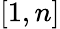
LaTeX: [1,n]